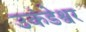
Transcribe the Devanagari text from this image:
उकंडेश्वर